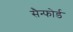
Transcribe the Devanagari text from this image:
सैन्फोर्ड